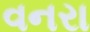
વનરા